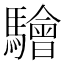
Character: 𩦱